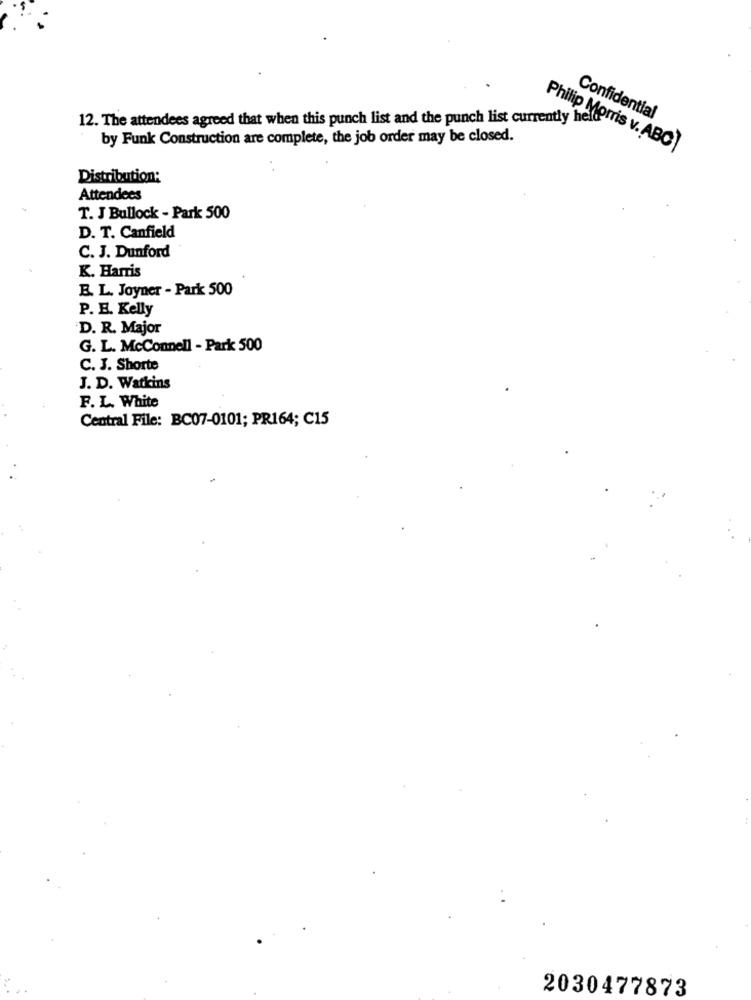
12. The attendees agreed that when this punch list and the punch list currently he
Confidential
by Funk Construction are complete, the job order may be closed.
Philip Morris v. ABC)
Distribution:
Attendees
T. J Bullock - Park 500
D. T. Canfield
C. J. Dunford
K. Harris
B. L. Joyner - Park 500
P. E. Kelly
D. R. Major
G. L. McConnell - Park 500
C. J. Shorte
J. D. Watkins
F. L. White
Central File: BC07-0101; PR164; C15
2030477873